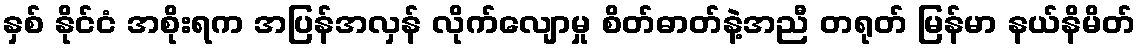
နှစ် နိုင်ငံ အစိုးရက အပြန်အလှန် လိုက်လျောမှု စိတ်ဓာတ်နဲ့အညီ တရုတ် မြန်မာ နယ်နိမိတ်